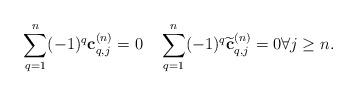
LaTeX: \begin{align*}\sum_{q=1}^{n} (-1)^q\textbf{c}_{q,j}^{(n)}=0\quad\sum_{q=1}^{n} (-1)^q\widetilde{\textbf{c}}_{q,j}^{(n)}=0\forall j\geq n.\end{align*}